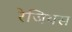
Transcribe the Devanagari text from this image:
रेजियस